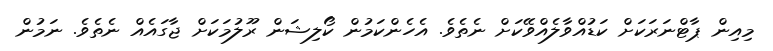
މިއިން ޕާޓްނަރަކަށް ކަޑުއްވާލެއްވޭކަށް ނެތެވެ. އެހެންކަމުން ކޯލިޝަން ރޫލުމަކަށް ޖާގައެއް ނެތެވެ. ނަމުން